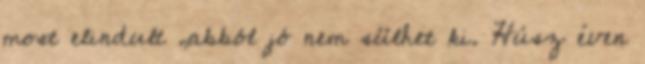
most elindult ,abból jó nem sülhet ki. Húsz éven